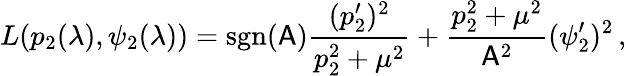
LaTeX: L(p_{2}(\lambda),\psi_{2}(\lambda))=\mathrm{sgn}(\mathsf{A})\frac{(p_{2}^{\prime})^{2}}{p_{2}^{2}+\mu^{2}}+\frac{p_{2}^{2}+\mu^{2}}{\mathsf{A}^{2}}(\psi_{2}^{\prime})^{2}\, ,